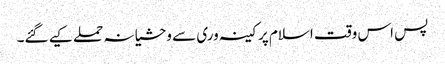
پس اس وقت اسلام پر کینہ وری سے وحشیانہ حملے کیے گئے۔